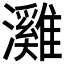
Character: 𤄬